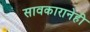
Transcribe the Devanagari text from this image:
सावकारानेही